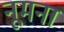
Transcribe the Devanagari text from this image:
नूमना